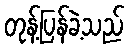
တုန့်ပြန်ခဲ့သည်